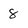
Character: 8